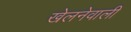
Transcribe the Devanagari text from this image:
खेलनेवाली